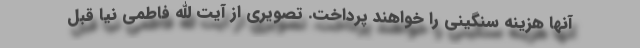
آنها هزینه سنگینی را خواهند پرداخت. تصویری از آیت الله فاطمی نیا قبل